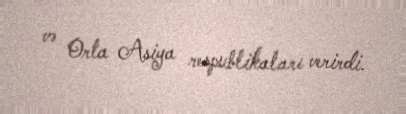
və Orta Asiya respublikaları verirdi.